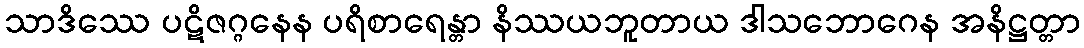
သာဒိဿေ ပဋိဇဂ္ဂနေန ပရိစာရေန္တာ နိဿယဘူတာယ ဒါသဘောဂေန အနိဋ္ဌတ္တာ